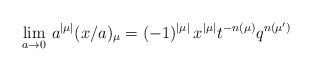
LaTeX: \begin{align*} \lim_{a\rightarrow 0}\, a^{|\mu|} (x/a)_{\mu} = (-1)^{|\mu|}\, x^{|\mu|} t^{-n(\mu)} q^{n(\mu')} \end{align*}